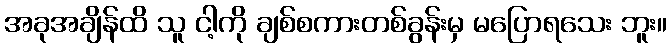
အခုအချိန်ထိ သူ ငါ့ကို ချစ်စကားတစ်ခွန်းမှ မပြောရသေး ဘူး။